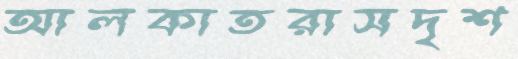
আলকাতরাসদৃশ